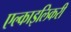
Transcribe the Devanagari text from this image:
एल्काइलिकरी